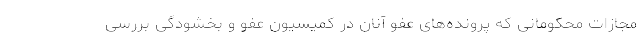
مجازات محکومانی که پرونده‌های عفو آنان در کمیسیون عفو و بخشودگی بررسی